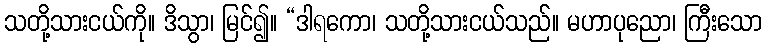
သတို့သားငယ်ကို။ ဒိသွာ၊ မြင်၍။ “ဒါရကော၊ သတို့သားငယ်သည်။ မဟာပုညော၊ ကြီးသော